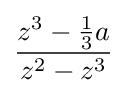
{\frac {z^{3}-{\tfrac {1}{3}}a}{z^{2}-z^{3}}}